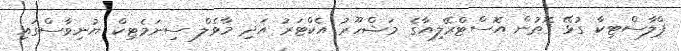
ޕްލާސްޓިކާ ގުޅޭ ގޮތުން އޮސްޓްރޭލިއާގެ މަޝްހޫރު އެކްޓަރު އަދި މާވެލް ސިނަމެޓިކް ޔުނިވާސްގައި